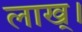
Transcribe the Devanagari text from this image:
लाख्।